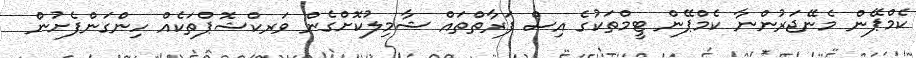
ކެމްޕޭން މެނޭޖަރުންނާ ކެމްޕޭން ޓީމްތަކުގެ އިސް ފަރާތްތައް ޝާމިލުކޮށްގެން ވަރކްޝޮޕްތަކެއް ހިންގަންފެށުން